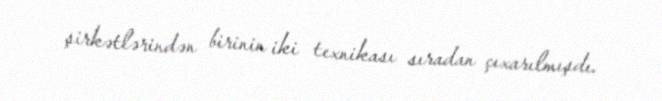
şirkətlərindən birinin iki texnikası sıradan çıxarılmışdı.